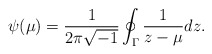
\begin{align*}\psi (\mu) = \frac{1}{2\pi \sqrt{-1}} \oint_\Gamma\frac{1}{z-\mu}dz.\end{align*}